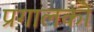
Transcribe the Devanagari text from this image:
प्रगालकों